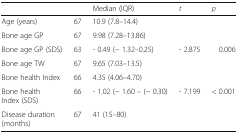
<table><thead><tr><td></td><td></td><td><b>Median (IQR)</b></td><td><b><i>t</i></b></td><td><b><i>p</i></b></td></tr></thead><tbody><tr><td>Age (years)</td><td>67</td><td>10.9 (7.8–14.4)</td><td></td><td></td></tr><tr><td>Bone age GP</td><td>67</td><td>9.98 (7.28–13.86)</td><td></td><td></td></tr><tr><td>Bone age GP (SDS)</td><td>63</td><td>- 0.49 (− 1.32–0.25)</td><td>- 2.875</td><td>0.006</td></tr><tr><td>Bone age TW</td><td>67</td><td>9.65 (7.03–13.5)</td><td></td><td></td></tr><tr><td>Bone health Index</td><td>66</td><td>4.35 (4.06–4.70)</td><td></td><td></td></tr><tr><td>Bone health Index (SDS)</td><td>66</td><td>- 1.02 (− 1.60 – (− 0.30)</td><td>- 7.199</td><td>&lt; 0.001</td></tr><tr><td>Disease duration (months)</td><td>67</td><td>41 (15–80)</td><td></td><td></td></tr></tbody></table>